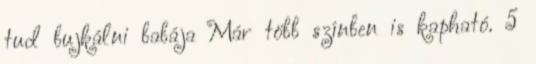
tud bujkálni babája Már több színben is kapható. 5